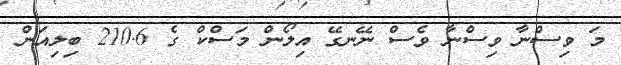
މަ ވިސްނާ ވިސްނާ ވެސް ނޭނގޭ އިލޯން މަސްކް ގެ 210.6 ބިލިއަން